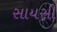
સાયસી